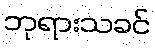
ဘုရားသခင်